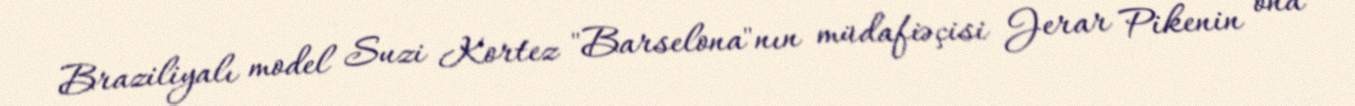
Braziliyalı model Suzi Kortez "Barselona"nın müdafiəçisi Jerar Pikenin ona